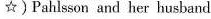
☆)Pahlsson and her husband